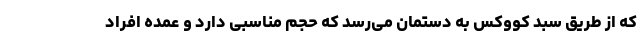
که از طریق سبد کووکس به دستمان می‌رسد که حجم مناسبی دارد و عمده افراد